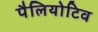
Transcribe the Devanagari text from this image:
पैलियोटिव